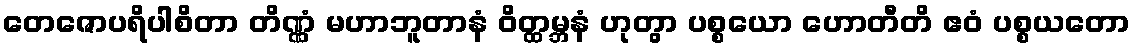
တေဇောပရိပါစိတာ တိဏ္ဏံ မဟာဘူတာနံ ဝိတ္ထမ္ဘနံ ဟုတွာ ပစ္စယော ဟောတီတိ ဧဝံ ပစ္စယတော